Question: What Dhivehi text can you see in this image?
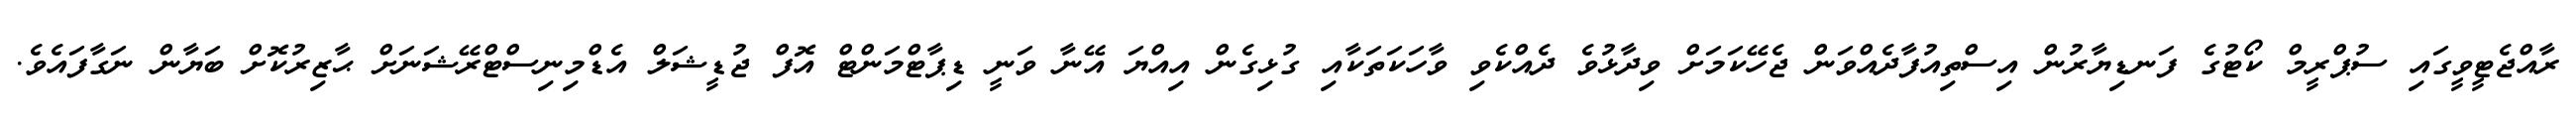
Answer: ރާއްޖެޓީވީގައި ސުޕްރީމް ކޯޓުގެ ފަނޑިޔާރުން އިސްތިއުފާދެއްވަން ޖެހޭކަމަށް ވިދާޅުވެ ދެއްކެވި ވާހަކަތަކާއި ގުޅިގެން އިއްޔަ އޭނާ ވަނީ ޑިޕާޓްމަންޓް އޮފް ޖުޑީޝަލް އެޑްމިނިސްޓްރޭޝަނަށް ޙާޒިރުކޮށް ބަޔާން ނަގާފައެވެ.